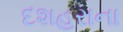
દશહરાના